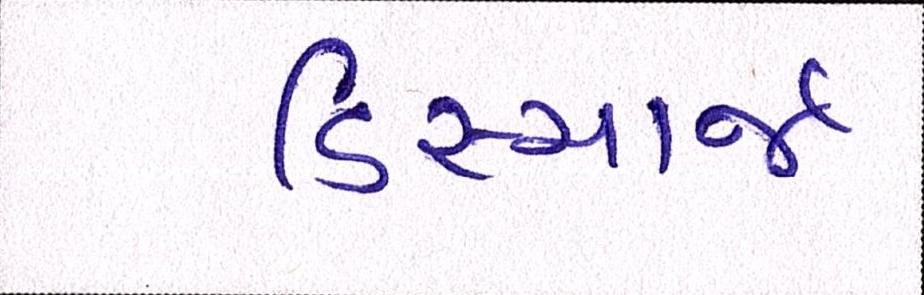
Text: ડિસ્ચાર્જ